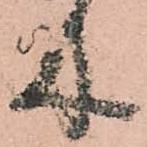
木